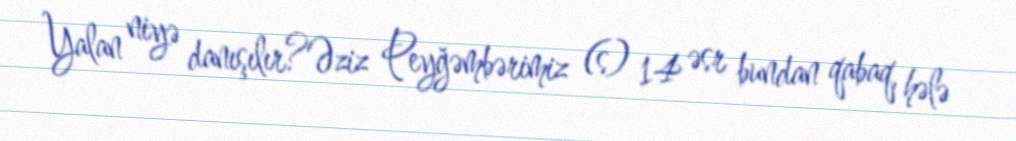
Yalan niyə danışılır?Əziz Peyğəmbərimiz (s) 14 əsr bundan qabaq, hələ